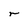
Character: r